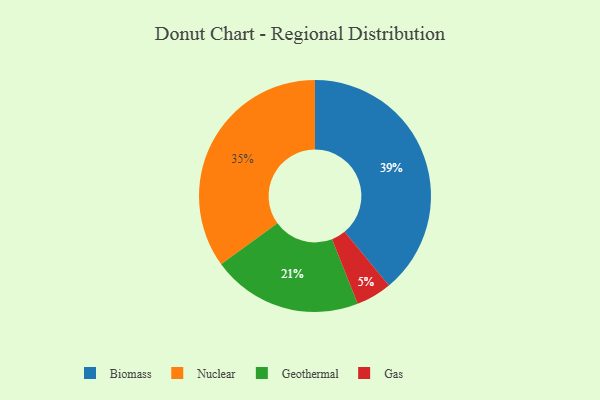
{"axis": {"x": "Category", "y": "Percentage"}, "legend": ["Biomass", "Gas", "Geothermal", "Nuclear"], "data": [{"x": "Geothermal", "y": 21, "type": "Geothermal"}, {"x": "Biomass", "y": 39, "type": "Biomass"}, {"x": "Gas", "y": 5, "type": "Gas"}, {"x": "Nuclear", "y": 35, "type": "Nuclear"}]}